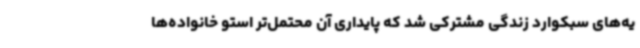
یه‌های سبکوارد زندگی مشترکی شد که پایداری آن محتمل‌تر استو خانواده‌ها